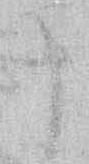
申